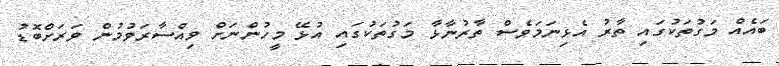
ބައެއް މަގުތަކުގައި ތާރު އެޅިނަމަވެސް ތާރުނާޅާ މަގުތަކުގައި އުޅޭ މީހުންނަށް ވިއްސާރަވުމުން ވަރަށްބޮޑު